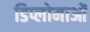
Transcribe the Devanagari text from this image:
डिप्लोमाओं